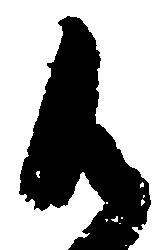
御